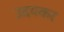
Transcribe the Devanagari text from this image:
उदयकर